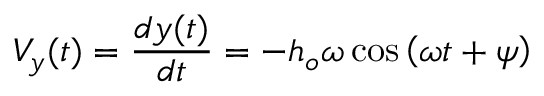
V _ { y } ( t ) = \frac { d y ( t ) } { d t } = - h _ { o } \omega \cos \left( \omega t + \psi \right)